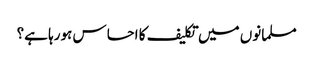
مسلمانوں میں تکلیف کا احساس ہورہا ہے؟